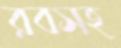
রবসহ